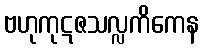
ဗဟုကုဋဇသလ္လကိကေန